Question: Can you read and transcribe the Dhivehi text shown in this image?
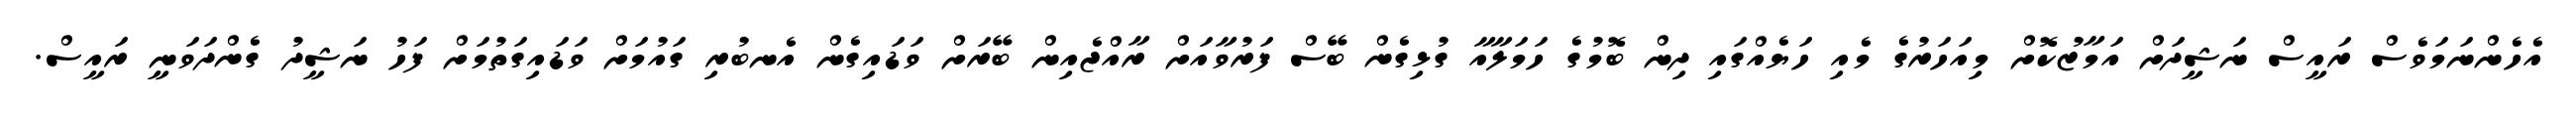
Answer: އެހެންނަމަވެސް ރައީސް ނަޝީދަށް އަމާޒުކޮށް މިއަހަރުގެ މެއި ހަޔެއްގައި ދިން ބޮމުގެ ހަމަލާއާ ގުޅިގެން ބޭސް ފަރުވާއަށް ރާއްޖެއިން ބޭރަށް ވަޑައިގެން އެނބުރި ގައުމަށް ވަޑައިގަތުމަށް ފަހު ނަޝީދު ގެންދަވަނީ ރައީސް.